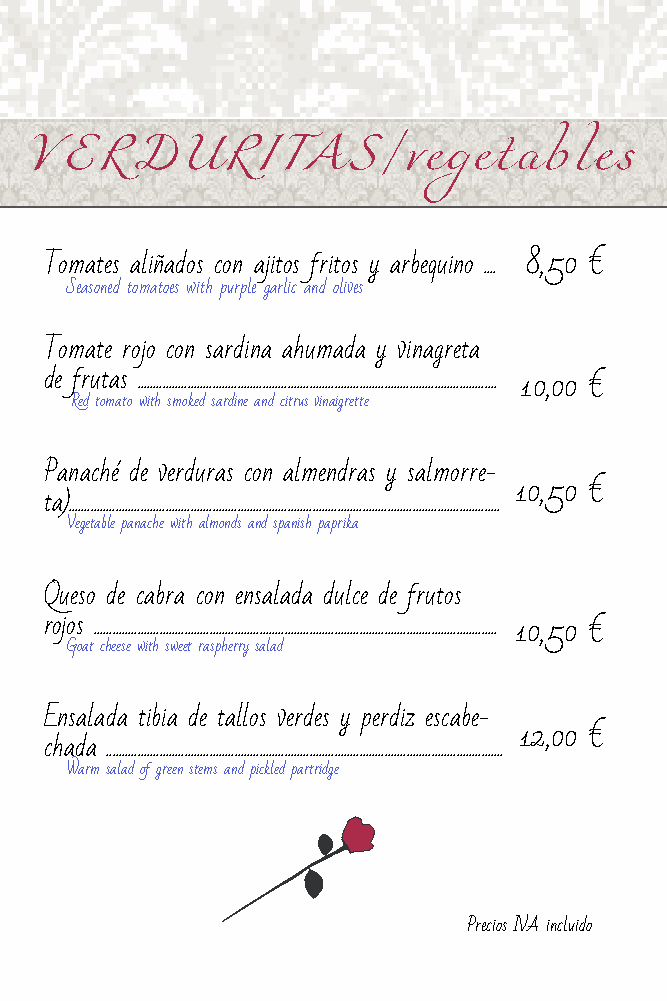
VERDURITAS/vegetables
 Tomates aliñados con ajitos fritos y arbequino .... 8,50 €
 Seasoned tomatoes with purple garlic and olives
 Tomate rojo con sardina ahumada y vinagreta
 de frutas ................................................................................................................... 10,00 €
 Red tomato with smoked sardine and citrus vinaigrette
 Panaché de verduras con almendras y salmorre-
 10,50 €
 ta)..........................................................................................................................................
 Vegetable panache with almonds and spanish paprika
 Queso de cabra con ensalada dulce de frutos
 rojos ................................................................................................................................. 10,50 €
 Goat cheese with sweet raspherry salad
 Ensalada tibia de tallos verdes y perdiz escabe-
 12,00 €
 chada ...............................................................................................................................
 Warm salad of green stems and pickled partridge
 Precios IVA incluido